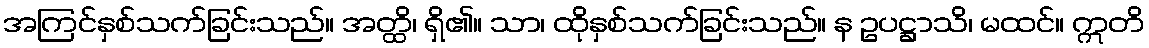
အကြင်နှစ်သက်ခြင်းသည်။ အတ္ထိ၊ ရှိ၏။ သာ၊ ထိုနှစ်သက်ခြင်းသည်။ န ဥပဋ္ဌာသိ၊ မထင်။ ဣတိ